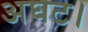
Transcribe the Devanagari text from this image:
अघट।